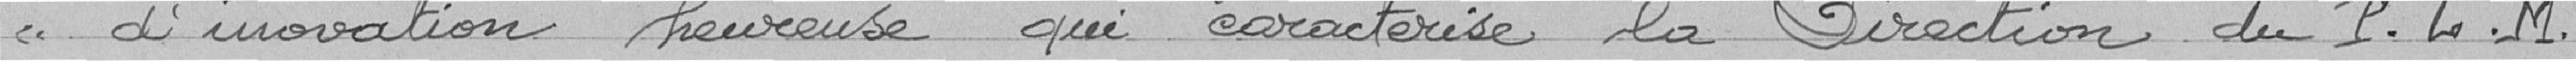
" d'innovation heureuse qui caractérise la Direction du  P.L.M.